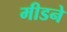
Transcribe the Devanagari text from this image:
मीडने